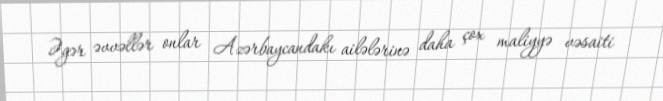
Əgər əvvəllər onlar Azərbaycandakı ailələrinə daha çox maliyyə vəsaiti